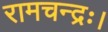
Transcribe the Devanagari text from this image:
रामचन्द्रः।